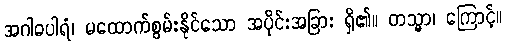
အဂါဓပါရံ၊ မထောက်စွမ်းနိုင်သော အပိုင်းအခြား ရှိ၏။ တသ္မာ၊ ကြောင့်။